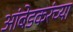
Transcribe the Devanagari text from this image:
आंबेडकरंच्या